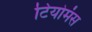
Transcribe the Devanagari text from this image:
टियोमंस